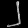
Digit: ၂